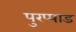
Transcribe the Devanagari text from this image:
पुरप्पाड